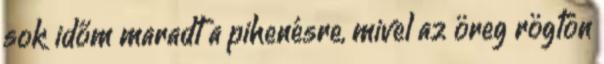
sok időm maradt a pihenésre, mivel az öreg rögtön